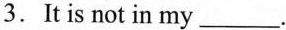
3.It is not in my___.